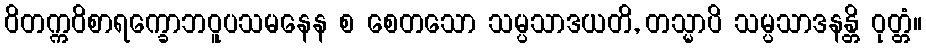
ဝိတက္ကဝိစာရက္ခောဘဝူပသမနေန စ စေတသော သမ္ပသာဒယတိ, တသ္မာပိ သမ္ပသာဒနန္တိ ဝုတ္တံ။